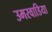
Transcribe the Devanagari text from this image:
उमरवाडिया